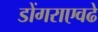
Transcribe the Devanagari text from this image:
डोंगराएवढे